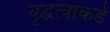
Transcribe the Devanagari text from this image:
वृद्धत्वाकडे